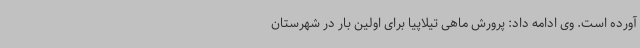
آورده است. وی ادامه داد: پرورش ماهی تیلاپیا برای اولین بار در شهرستان